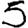
Digit: 5